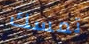
تمسك